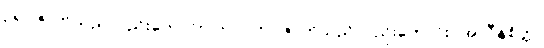
ဥရဂဇာတ်သည်လည်းကောင်း။ ဘဂ္ဂ၊ ဘဂ္ဂဇာတ်သည်လည်းကောင်း။ အလီနစိတ္တ၊